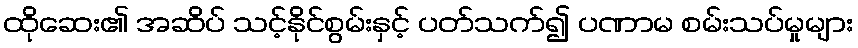
ထိုဆေး၏ အဆိပ် သင့်နိုင်စွမ်းနှင့် ပတ်သက်၍ ပဏာမ စမ်းသပ်မှုများ